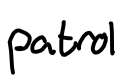
Text: patrol
Cross-out: clean
Writing tool: digital_black